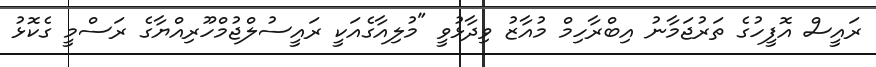
ރައީސް އޮފީހުގެ ތަރުޖަމާނު އިބްރާހިމް މުއާޒު ވިދާޅުވީ "މުލިއާގެއަކީ ރައީސުލްޖުމްހޫރިއްޔާގެ ރަސްމީ ގެކޮޅު